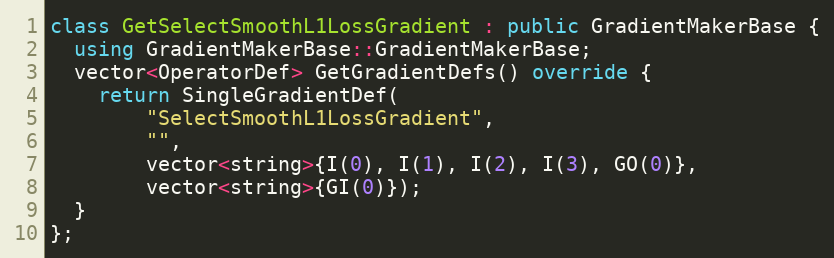
Language: C++
class GetSelectSmoothL1LossGradient : public GradientMakerBase {
  using GradientMakerBase::GradientMakerBase;
  vector<OperatorDef> GetGradientDefs() override {
    return SingleGradientDef(
        "SelectSmoothL1LossGradient",
        "",
        vector<string>{I(0), I(1), I(2), I(3), GO(0)},
        vector<string>{GI(0)});
  }
};